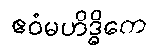
ဧဝံမဟိဒ္ဓိကေ